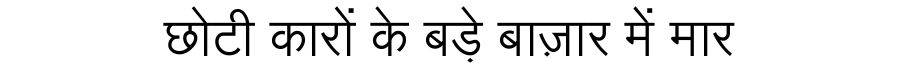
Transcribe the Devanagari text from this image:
छोटी कारों के बड़े बाज़ार में मार